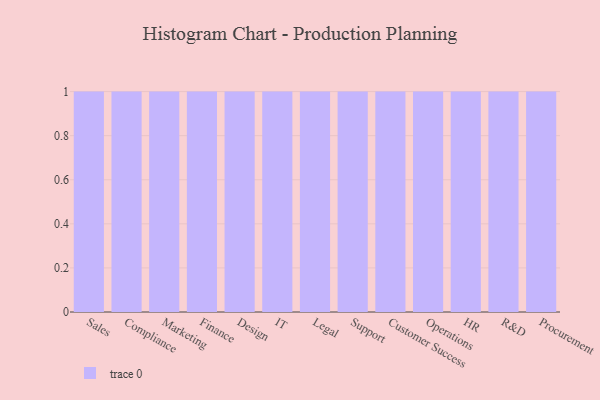
{"axis": {"x": "Department", "y": "Conversion Rate (%)"}, "legend": [""], "data": [{"x": "Sales", "y": 56, "type": ""}, {"x": "Compliance", "y": 5, "type": ""}, {"x": "Marketing", "y": 52, "type": ""}, {"x": "Finance", "y": 41, "type": ""}, {"x": "Design", "y": 48, "type": ""}, {"x": "IT", "y": 86, "type": ""}, {"x": "Legal", "y": 25, "type": ""}, {"x": "Support", "y": 40, "type": ""}, {"x": "Customer Success", "y": 20, "type": ""}, {"x": "Operations", "y": 56, "type": ""}, {"x": "HR", "y": 8, "type": ""}, {"x": "R&D", "y": 72, "type": ""}, {"x": "Procurement", "y": 90, "type": ""}]}